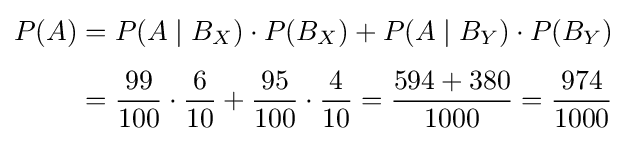
{\begin{aligned}P(A)&=P(A\mid B_{X})\cdot P(B_{X})+P(A\mid B_{Y})\cdot P(B_{Y})\\[4pt]&={99 \over 100}\cdot {6 \over 10}+{95 \over 100}\cdot {4 \over 10}={{594+380} \over 1000}={974 \over 1000}\end{aligned}}